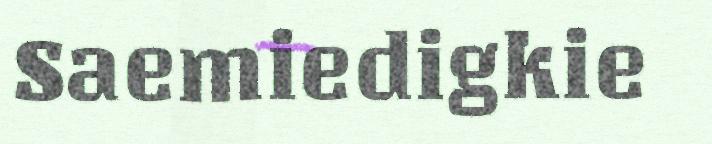
Saemiedigkie